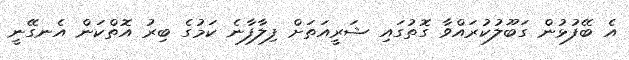
އެ ބޭފުޅުން ގަބޫލުކުރައްވާ ގޮތުގައި ޝަރީއަތަށް ފިލާފާނެ ކަމުގެ ބިރު އޮތްކަން އެނގޭނީ